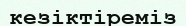
кезіктіреміз